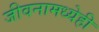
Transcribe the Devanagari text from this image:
जीवनामध्येही